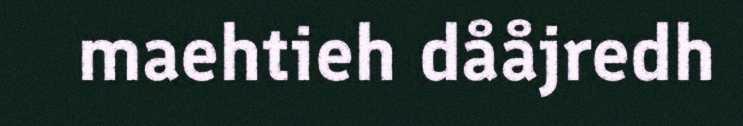
maehtieh dååjredh